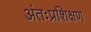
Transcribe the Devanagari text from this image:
अंतःप्रशिक्षण